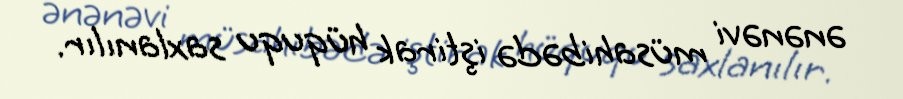
ənənəvi müsahibədə iştirak hüququ saxlanılır.